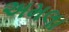
અમલા